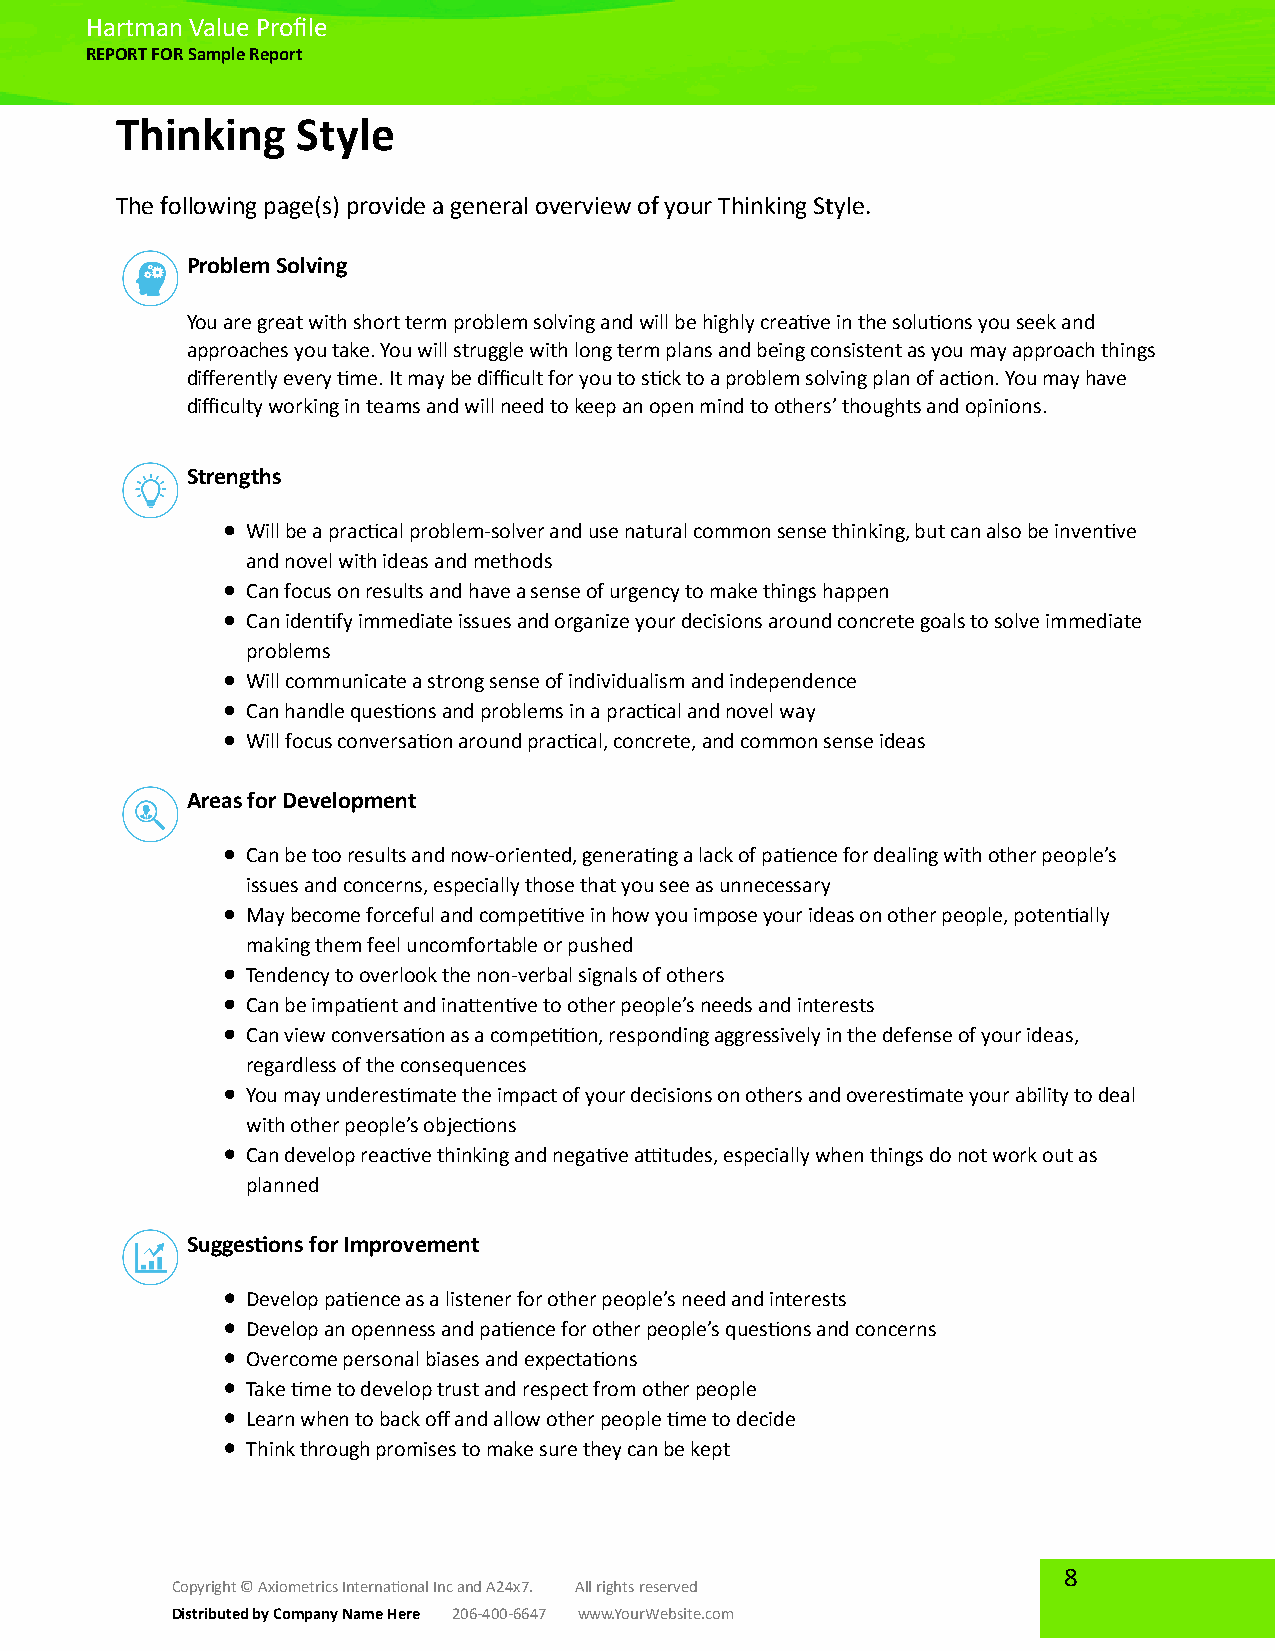
Hartman Value Profile
 REPORT FOR Sample Report
 Thinking    Style
 The following page(s) provide a general overview of your Thinking Style.
 Problem Solving
 You are great with short term problem solving and will be highly creative in the solutions you seek and
 approaches you take. You will struggle with long term plans and being consistent as you may approach things
 differently every time. It may be difficult for you to stick to a problem solving plan of action. You may have
 difficulty working in teams and will need to keep an open mind to others’ thoughts and opinions.
 Strengths
 Will be a practical problem-solver and use natural common sense thinking, but can also be inventive
 and novel with ideas and methods
 Can focus on results and have a sense of urgency to make things happen
 Can identify immediate issues and organize your decisions around concrete goals to solve immediate
 problems
 Will communicate a strong sense of individualism and independence
 Can handle questions and problems in a practical and novel way
 Will focus conversation around practical, concrete, and common sense ideas
 Areas for Development
 Can be too results and now-oriented, generating a lack of patience for dealing with other people’s
 issues and concerns, especially those that you see as unnecessary
 May become forceful and competitive in how you impose your ideas on other people, potentially
 making them feel uncomfortable or pushed
 Tendency to overlook the non-verbal signals of others
 Can be impatient and inattentive to other people’s needs and interests
 Can view conversation as a competition, responding aggressively in the defense of your ideas,
 regardless of the consequences
 You may underestimate the impact of your decisions on others and overestimate your ability to deal
 with other people’s objections
 Can develop reactive thinking and negative attitudes, especially when things do not work out as
 planned
 Suggestions for Improvement
 Develop patience as a listener for other people’s need and interests
 Develop an openness and patience for other people’s questions and concerns
 Overcome personal biases and expectations
 Take time to develop trust and respect from other people
 Learn when to back off and allow other people time to decide
 Think through promises to make sure they can be kept
 8
 Copyright © Axiometrics International Inc and A24x7. All rights reserved
 Distributed by Company Name Here 206-400-6647 www.YourWebsite.com